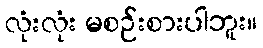
လုံးလုံး မစဉ်းစားပါဘူး။